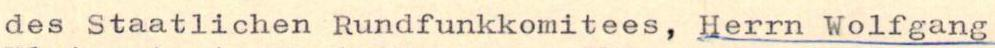
des Staatlichen Rundfunkkomitees, Herrn Wolfgang